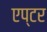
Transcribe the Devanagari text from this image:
एप्टर